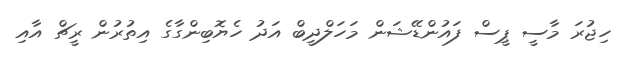
ހިޖުރަ މާސީ ޕީސް ފައުންޑޭޝަން މަހަލްދީބް އަދު ހެޔޮބިންގާގެ އިތުރުން ރީޗް އާއި